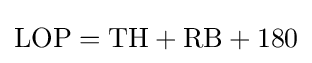
{\mbox{LOP}}={\mbox{TH}}+{\mbox{RB}}+180